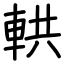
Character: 輁